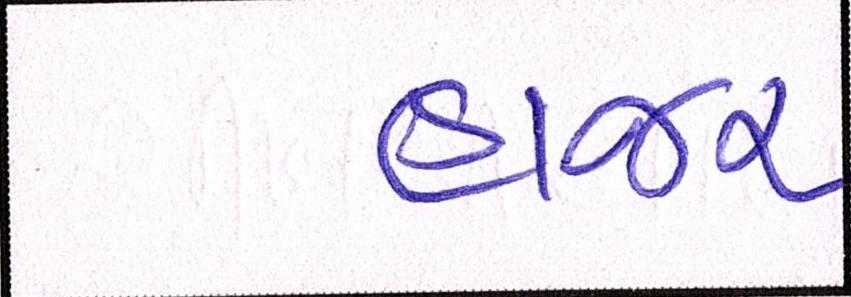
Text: હાજર